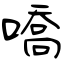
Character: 嘺